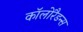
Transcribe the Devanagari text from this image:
कॉलोरैडन्स